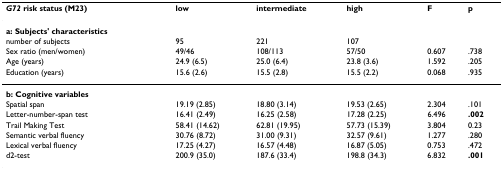
| G72 risk status (M23) | low | intermediate | high | F | p |
 | --- | --- | --- | --- | --- | --- |
 | a: Subjects' characteristics |  |  |  |  |  |
 | number of subjects | 95 | 221 | 107 |  |  |
 | Sex ratio (men/women) | 49/46 | 108/113 | 57/50 | 0.607 | .738 |
 | Age (years) | 24.9 (6.5) | 25.0 (6.4) | 23.8 (3.6) | 1.592 | .205 |
 | Education (years) | 15.6 (2.6) | 15.5 (2.8) | 15.5 (2.2) | 0.068 | .935 |
 | b: Cognitive variables |  |  |  |  |  |
 | Spatial span | 19.19 (2.85) | 18.80 (3.14) | 19.53 (2.65) | 2.304 | .101 |
 | Letter-number-span test | 16.41 (2.49) | 16.25 (2.58) | 17.28 (2.25) | 6.496 | .002 |
 | Trail Making Test | 58.41 (14.62) | 62.81 (19.95) | 57.73 (15.39) | 3.804 | 0.23 |
 | Semantic verbal fluency | 30.76 (8.72) | 31.00 (9.31) | 32.57 (9.61) | 1.277 | .280 |
 | Lexical verbal fluency | 17.25 (4.27) | 16.57 (4.48) | 16.87 (5.05) | 0.753 | .472 |
 | d2-test | 200.9 (35.0) | 187.6 (33.4) | 198.8 (34.3) | 6.832 | .001 |